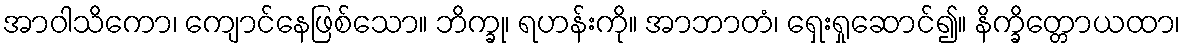
အာဝါသိကော၊ ကျောင်နေဖြစ်သော။ ဘိက္ခု၊ ရဟန်းကို။ အာဘာတံ၊ ရှေးရှုဆောင်၍။ နိက္ခိတ္တောယထာ၊